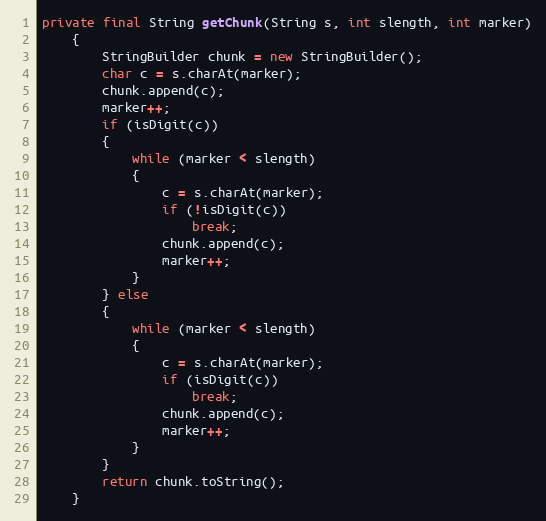
Language: Java
private final String getChunk(String s, int slength, int marker)
    {
        StringBuilder chunk = new StringBuilder();
        char c = s.charAt(marker);
        chunk.append(c);
        marker++;
        if (isDigit(c))
        {
            while (marker < slength)
            {
                c = s.charAt(marker);
                if (!isDigit(c))
                    break;
                chunk.append(c);
                marker++;
            }
        } else
        {
            while (marker < slength)
            {
                c = s.charAt(marker);
                if (isDigit(c))
                    break;
                chunk.append(c);
                marker++;
            }
        }
        return chunk.toString();
    }